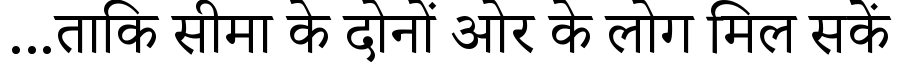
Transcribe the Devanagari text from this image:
...ताकि सीमा के दोनों ओर के लोग मिल सकें